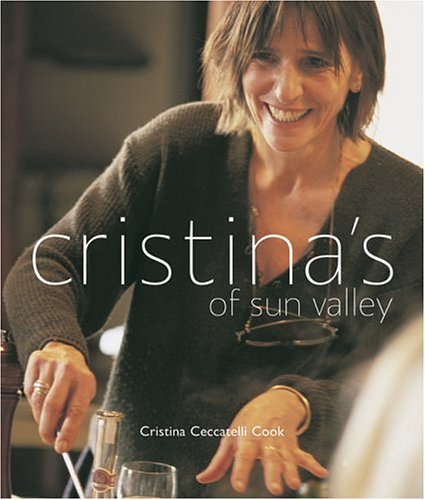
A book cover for Cristina's of Sun Valley; Cristina Cook; Cookbooks, Food & Wine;